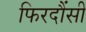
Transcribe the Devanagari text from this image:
फिरदौंसी